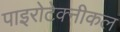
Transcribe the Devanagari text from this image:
पाइरोटेक्नीकल